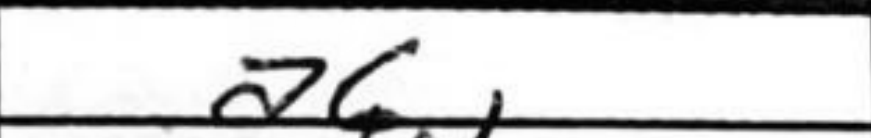
Transcription: a6